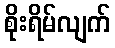
စိုးရိမ်လျက်